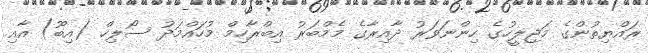
ރައްޔިތުންގެ މަޖިލީހުގެ ހިންނަވަރު ދާއިރާގެ މެމްބަރު އިބްރާހިމް މުހައްމަދު ސޯލިހް (އިބޫ) އާއި